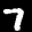
Label: 7